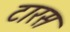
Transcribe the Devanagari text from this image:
टारस